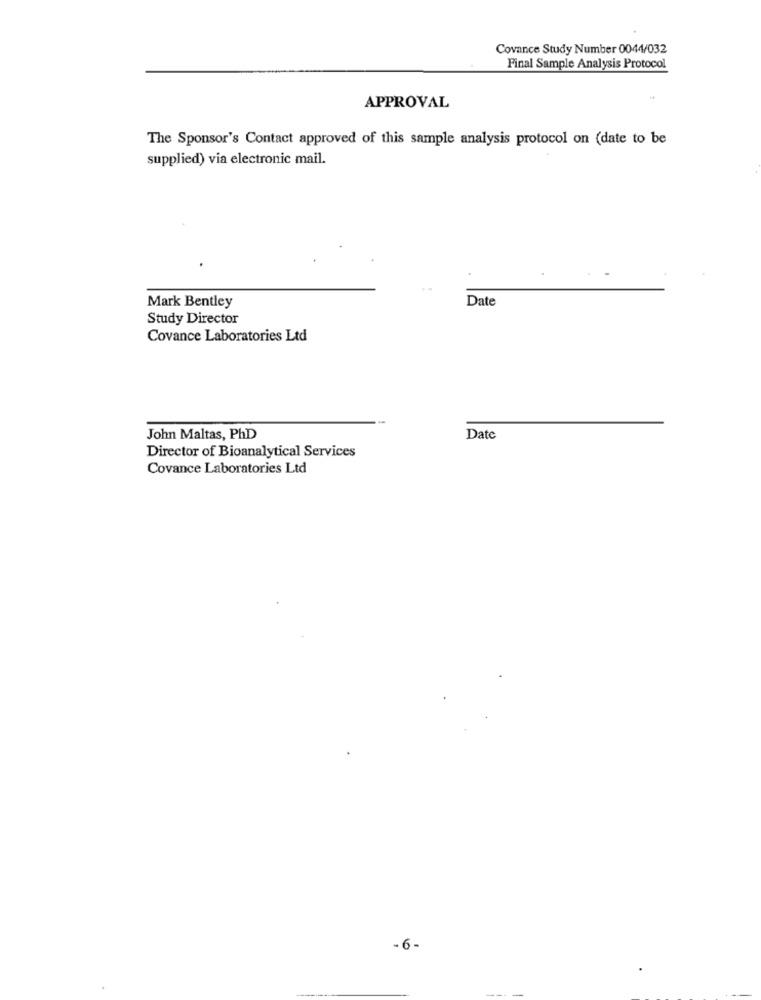
Covance Study Number 0044/032
Final Sample Analysis Protocol
APPROVAL
The Sponsor's Contact approved of this sample analysis protocol on (date to be
supplied) via electronic mail.
Mark Bentley
Date
Study Director
Covance Laboratories Ltd
John Maltas, PhD
Date
Director of Bioanalytical Services
Covance Laboratories Ltd
-6-